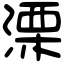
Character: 溧